Report on vaccination in Madras 1895-1903 - 1895-1903
Year: 1895
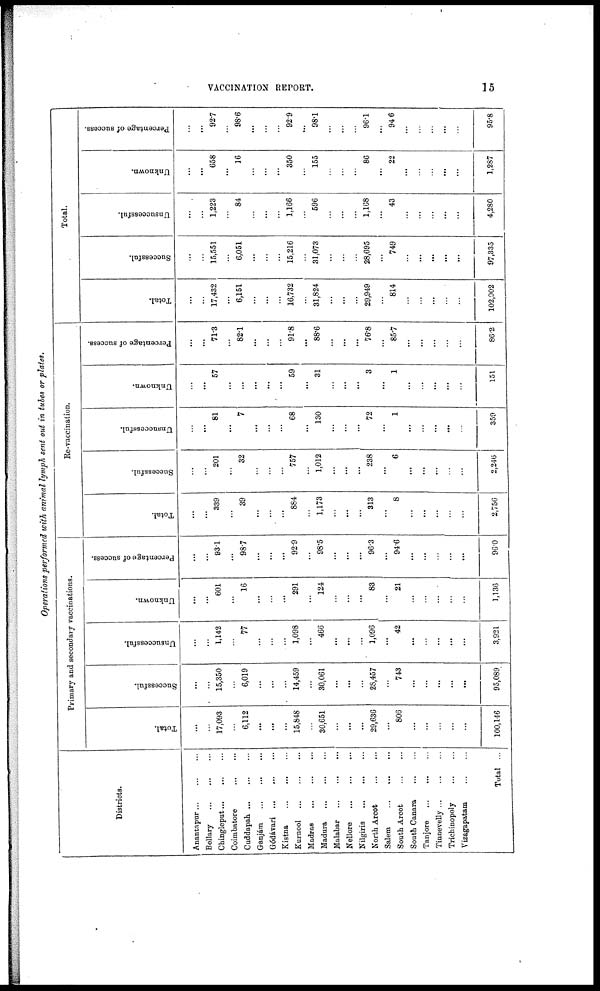
VACCINATION REPORT.
15
Operations performed with animal lymph sent out in tubes or plates.
Districts.
Anantapur ... ... ...
Bellary
...
...
...
Chingleput ... ... ...
Coimbatore
...
...
Cuddapah
...
...
...
Ganjám
...
...
...
Gódávari
...
...
...
Kistna
...
...
...
Kurnool
...
...
...
Madras
...
...
...
Madura
...
...
...
Malabar
...
...
...
Nellore
...
...
...
Nilgiris
...
...
...
North Arcot
...
...
Salem
...
...
...
South Arcot
...
...
South Canara
...
...
Tanjore
...
...
...
Tinnevelly ... ... ...
Trichinopoly
...
...
Vizagapatam
...
...
Total ...
Primary and secondary vaccinations.
Total.
...
...
17,093
...
6,112
...
...
...
15,848
...
30,651
...
...
...
29,636
...
806
...
...
...
...
...
100,146
Successful.
...
4
15,350
...
6,019
...
...
...
14,459
...
30,061
...
...
...
28,457
...
743
...
...
...
...
...
95,089
Unsuccessful.
...
...
1,142
...
77
...
...
...
1,098
...
466
...
...
...
1,096
...
42
...
...
...
...
...
3,921
Unknown.
...
...
601
...
16
...
...
...
291
...
124
...
...
...
83
...
21
...
...
...
...
...
1,136
Percentage of success.
...
...
93.1
...
98.7
...
...
...
92.9
...
98.5
...
...
...
96.3
...
94.6
...
...
...
...
...
96.0
Re-vaccination.
Total.
...
...
339
...
39
...
...
...
884
...
1,173
...
...
...
313
...
8
...
...
...
...
...
2,756
Successful.
...
...
201
...
32
...
...
...
757
...
1,012
...
...
...
238
...
6
...
...
...
...
...
2,246
Unsuccessful.
...
...
81
...
7
...
...
...
68
...
130
...
...
...
72
...
1
...
...
...
...
...
359
Unknown.
...
...
57
...
...
...
...
...
59
...
31
...
...
...
3
...
1
...
...
...
...
...
151
Percentage of success.
...
...
71.3
...
82.1
...
...
...
91.8
...
88.6
...
...
...
76.8
...
85.7
...
...
...
...
...
862
Total.
Total.
...
...
17,432
...
6,151
...
...
...
16,732
...
31,824
...
...
...
29,949
...
814
...
...
...
...
...
102,902
Successful.
...
...
15,551
...
6,051
...
...
...
15,216
...
31,073
...
...
...
28,695
...
749
...
...
...
...
...
97,335
Unsuccessful.
...
...
1,223
...
84
...
...
...
1,166
...
596
...
...
...
1,168
...
43
...
...
...
...
...
4,280
Unknown.
...
...
658
...
16
...
...
...
350
...
155
...
...
...
86
...
22
...
...
...
...
...
1,287
Percentage of success.
...
...
92.7
...
98.6
...
...
...
92.9
...
98.1
...
...
...
96.1
...
94.6
...
...
...
...
...
95.8